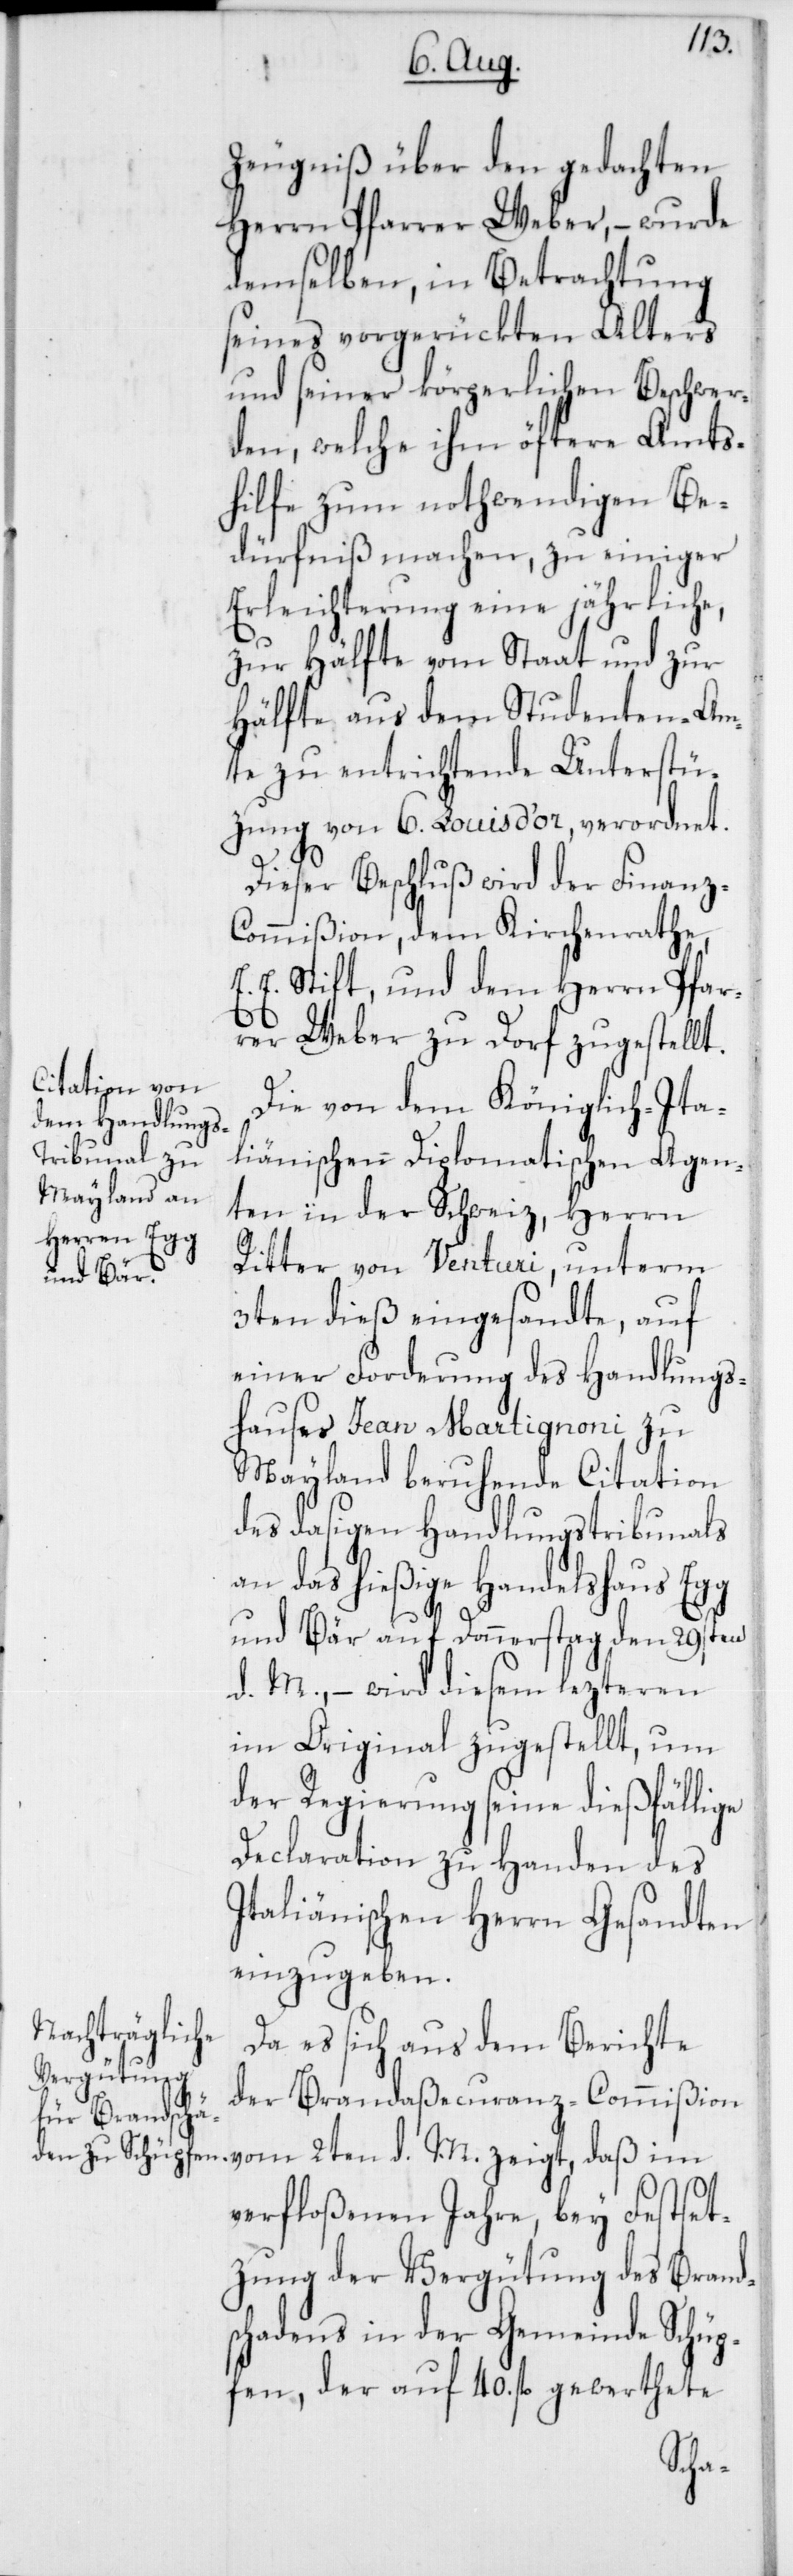
Zeugniß über den gedachten
Herrn Pfarrer Weber, – wurde
demselben, in Betrachtung
seines vorgerückten Alters
und seiner körperlichen Beschwer¬
den, welche ihm öftere Amts¬
hilfe zum nothwendigen Be¬
dürfniß machen, zu einiger
Erleichterung eine jährliche,
zur Hälfte vom Staat und zur
Hälfte aus dem Studenten-Am¬
te zu entrichtende Unterstüt¬
zung von 6. Louis d’or verordnet.
Dieser Beschluß wird der Finanz-C¬
ommißion, dem Kirchenrathe,
E. E. Stift, und dem Herrn Pfar¬
rer Weber zu Dorf zugestellt.
Die von dem Königlich-Ita¬
lienischen Diplomatischen Agen¬
ten in der Schweiz, Herrn
Ritter von Venturi, unterm
3ten dieß eingesandte, auf
einer Forderung des Handlungs¬
hauses Jean Martignoni zu
Mayland beruhende Citation
des dasigen Handlungstribunals
an das hießige Handelshaus Egg
und Bär auf Donnerstag den 29sten
d. M., – wird diesem lezteren
im Original zugestellt, um
der Regierung seine dießfällige
Declaration zu Handen des
italienischen Herrn Gesandten
einzugeben.
Da es sich aus dem Berichte
der Brandaßecuranz-Commißion
verfloßenen Jahre, bey Festset¬
zung der Vergütung des Brand¬
schadens in der Gemeinde Schüp¬
fen, der auf 40. fl. gewerthete